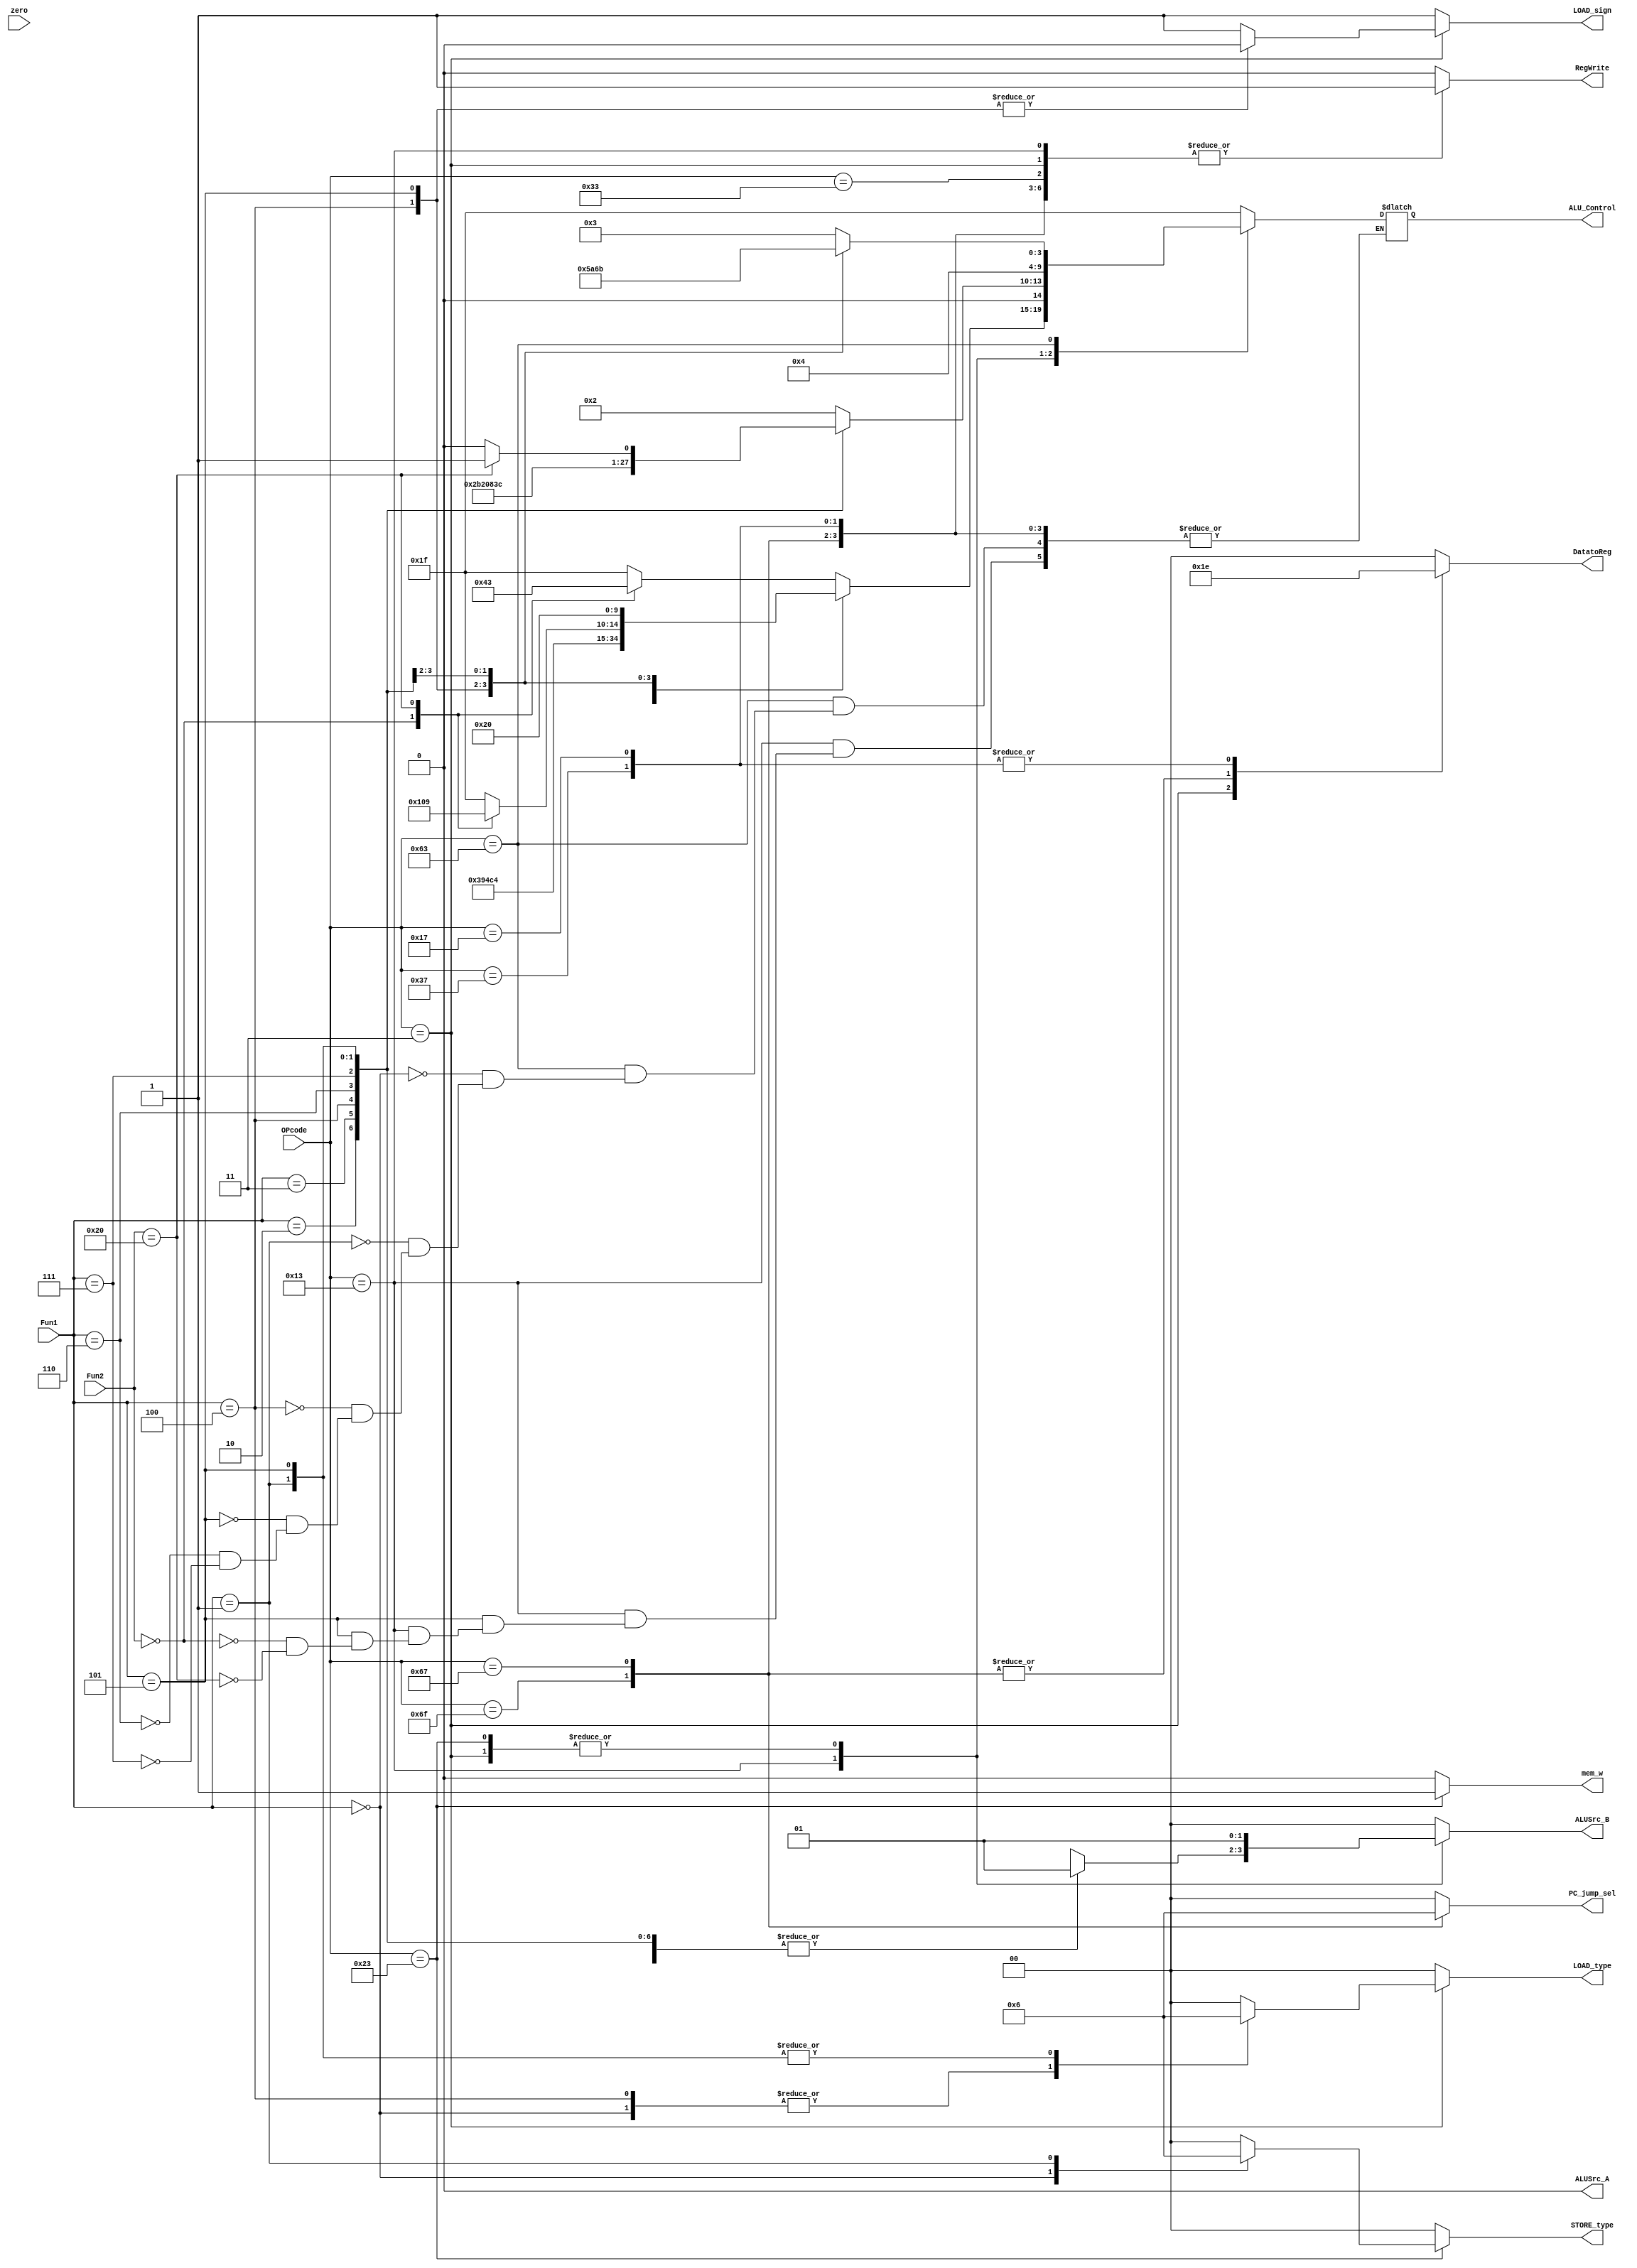
`timescale 1ps / 1ps
//////////////////////////////////////////////////////////////////////////////////
// Company: 
// Engineer: 
// 
// Design Name: 
// Module Name: Controler
// Project Name: 
// Target Devices: 
// Tool Versions: 
// Description: 
// 
// Dependencies: 
// 
// Revision:
// Revision 0.01 - File Created
// Additional Comments:
// 
//////////////////////////////////////////////////////////////////////////////////


module Controler(
		input [6:0] OPcode,
		input [2:0] Fun1,
		input [6:0] Fun2,
		input wire zero,
		output reg ALUSrc_A,
		output reg [1:0] ALUSrc_B,
		output reg [1:0] DatatoReg,
		output reg [1:0] PC_jump_sel,
		output reg RegWrite,
		output reg mem_w,
		output reg [4:0] ALU_Control,
		
		output reg [1:0] LOAD_type,
		output reg LOAD_sign,
		output reg [1:0] STORE_type
		);
	always @(*) begin
		ALUSrc_B = 0;
		ALUSrc_A = 0;
		DatatoReg = 2'b0;
		PC_jump_sel = 0;
		RegWrite = 0;
		mem_w = 0;
		
		LOAD_type = 2'b00; // default: immediate is a word
		LOAD_sign = 1'b1; // default: signed extension to "write_data"
		STORE_type = 2'b00; // default: immediate is a word

		case(OPcode)
		    // R
			7'b0110011: begin 
				RegWrite = 1;
				case(Fun1)
				    3'b000: begin
				        case (Fun2)
				            7'b0000000: ALU_Control = 5'b00010; // ADD
				            7'b0100000: ALU_Control = 5'b00011; // SUB
				            default: ALU_Control = 5'b11111;
				        endcase
				    end
				    3'b001: begin // SLL
				        ALU_Control = 5'b00111;
				    end
				    3'b010: ALU_Control = 5'b00101; // SLT
				    3'b011: ALU_Control = 5'b00110; // SLTU
				    3'b100: ALU_Control = 5'b00100; // XOR
				    3'b101: begin
				        case (Fun2)
				            7'b0000000: begin // SRL
                                ALU_Control = 5'b01000;
                            end
                            7'b0100000: begin // SRA
                                ALU_Control = 5'b01001;
                            end
                            default: ALU_Control = 5'b11111;
				        endcase
				    end
				    3'b110: ALU_Control = 5'b00001; // OR
				    3'b111: ALU_Control = 5'b00000; // AND
					default: ALU_Control = 5'b11111;
				endcase
			end
			// I
			7'b0010011: begin
			    RegWrite = 1;
			    case (Fun1)
			        3'b000: begin
			            ALU_Control = 5'b00010; // ADDI                   
                        ALUSrc_B = 2'b01;    
			        end
			        3'b010: begin
			            ALU_Control = 5'b00101; // SLTI
			            ALUSrc_B = 2'b01;
			        end
			        3'b011: begin
			            ALU_Control = 5'b00110; // SLTIU
                        ALUSrc_B = 2'b01;
			        end
			        3'b100: begin
                        ALU_Control = 5'b00100; // XORI
                        ALUSrc_B = 2'b01;
			        end
			        3'b110: begin
                        ALU_Control = 5'b00001; // ORI
                        ALUSrc_B = 2'b01;
			        end
			        3'b111: begin
                        ALU_Control = 5'b00000; // ANDI
                        ALUSrc_B = 2'b01; 
			        end
			        3'b001: begin
			            ALU_Control = 5'b00111; // SLLI
                        ALUSrc_B = 2'b01;
			        end
			        3'b101: begin
			            ALUSrc_B = 2'b01;
			            case (Fun2)
			                7'b0000000: ALU_Control = 5'b01000; // SRLI
			                7'b0100000: ALU_Control = 5'b01001; // SRAI
			            endcase
			        end
			    endcase
			end
			7'b0000011: begin	// l
				ALU_Control = 5'b00010;
				ALUSrc_B = 2'b01;
				DatatoReg = 2'b01;
				RegWrite = 1;
				case (Fun1)
				    3'b000: begin // LB
				        LOAD_type = 2'b01; // byte
						LOAD_sign = 1'b1;
				    end
				    3'b001: begin // LH
				        LOAD_type = 2'b10; // half word
						LOAD_sign = 1'b1;
				    end
				    3'b100: begin // LBU
				        LOAD_type = 2'b01; // byte
				        LOAD_sign = 1'b0;
				    end
				    3'b101: begin // LHU
				        LOAD_type = 2'b10; // half word
				        LOAD_sign = 1'b0;
				    end
				    3'b010: begin // LW
						LOAD_type = 2'b00; // half word
				        LOAD_sign = 1'b1;
					end
				endcase
			end
			7'b0100011: begin   // S
			    ALU_Control = 5'b00010;
			    ALUSrc_B = 2'b01;
			    mem_w = 1;
			    case (Fun1)
			        3'b000: begin
			            STORE_type = 2'b01; // byte
			        end
			        3'b001: begin
			            STORE_type = 2'b10; // half word
			        end
			        3'b010: begin // SW
						STORE_type = 2'b00;
					end
			    endcase
			end
			7'b1100011: begin	// Branch
			    case (Fun1)
			        3'b000: begin // BEQ
			            ALU_Control = 5'b00011; 
			        end 
			        3'b001: begin // BNE
			            ALU_Control = 5'b00011;
			        end
			        3'b100: begin // BLT
			            ALU_Control = 5'b00101;
			        end
			        3'b101: begin // BGE
			            ALU_Control = 5'b01010;
			        end
			        3'b110: begin // BLTU
			            ALU_Control = 5'b00110;
			        end
			        3'b111: begin // BGEU
			            ALU_Control = 5'b01011;
			        end
			    endcase
			end
			7'b1101111: begin	// jal
				PC_jump_sel = 2'b01;
				DatatoReg = 2'b11;
				RegWrite = 1;
			end
            7'b1100111: begin   // jalr
                PC_jump_sel = 2'b10;
                DatatoReg = 2'b11;
                RegWrite = 1;
            end
            7'b0110111: begin    // lui
                DatatoReg = 2'b10;
                RegWrite = 1;
            end
            7'b0010111: begin   // AUIPC
                DatatoReg = 2'b10;
                RegWrite = 1;
            end
			default: ALU_Control = 5'b11111;
		endcase
	end
endmodule